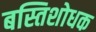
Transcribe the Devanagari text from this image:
बस्तिशोधक